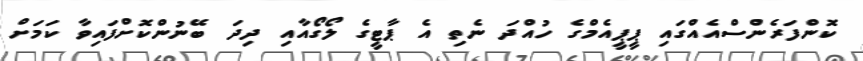
ކޮންފަރެންސްއެއްގައި ޕީޕީއެމްގެ ހުއްދަ ނެތި އެ ޕާޓީގެ ލޯގޯއާއި ދިދަ ބޭނުންކޮށްފައިވާ ކަމަށް